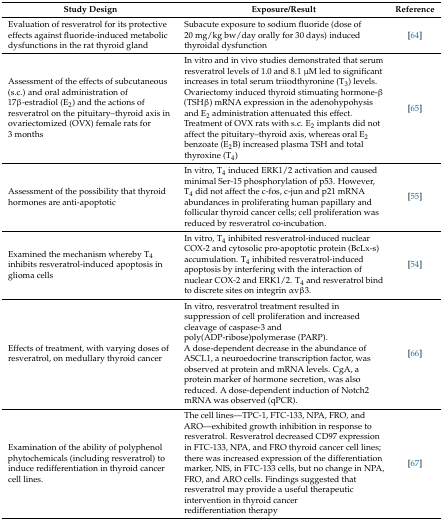
<table><thead><tr><td><b>Study Design</b></td><td><b>Exposure/Result</b></td><td><b>Reference</b></td></tr></thead><tbody><tr><td>Evaluation of resveratrol for its protective effects against fluoride-induced metabolic dysfunctions in the rat thyroid gland</td><td>Subacute exposure to sodium fluoride (dose of 20 mg/kg bw/day orally for 30 days) induced thyroidal dysfunction</td><td>[64]</td></tr><tr><td>Assessment of the effects of subcutaneous (s.c.) and oral administration of 17β-estradiol (E<sub>2</sub>) and the actions of resveratrol on the pituitary–thyroid axis in ovariectomized (OVX) female rats for 3 months</td><td>In vitro and in vivo studies demonstrated that serum resveratrol levels of 1.0 and 8.1 μM led to significant increases in total serum triiodthyronine (T<sub>3</sub>) levels. Ovariectomy induced thyroid stimuating hormone-β (TSHβ) mRNA expression in the adenohypohysis and E<sub>2</sub> administration attenuated this effect. Treatment of OVX rats with s.c. E<sub>2</sub> implants did not affect the pituitary–thyroid axis, whereas oral E<sub>2</sub> benzoate (E<sub>2</sub>B) increased plasma TSH and total thyroxine (T<sub>4</sub>)</td><td>[65]</td></tr><tr><td>Assessment of the possibility that thyroid hormones are anti-apoptotic</td><td>In vitro, T<sub>4</sub> induced ERK1/2 activation and caused minimal Ser-15 phosphorylation of p53. However, T<sub>4</sub> did not affect the c-fos, c-jun and p21 mRNA abundances in proliferating human papillary and follicular thyroid cancer cells; cell proliferation was reduced by resveratrol co-incubation.</td><td>[55]</td></tr><tr><td>Examined the mechanism whereby T<sub>4</sub> inhibits resveratrol-induced apoptosis in glioma cells</td><td>In vitro, T<sub>4</sub> inhibited resveratrol-induced nuclear COX-2 and cytosolic pro-apoptotic protein (BcLx-s) accumulation. T<sub>4</sub> inhibited resveratrol-induced apoptosis by interfering with the interaction of nuclear COX-2 and ERK1/2. T<sub>4</sub> and resveratrol bind to discrete sites on integrin αvβ3.</td><td>[54]</td></tr><tr><td>Effects of treatment, with varying doses of resveratrol, on medullary thyroid cancer</td><td>In vitro, resveratrol treatment resulted in suppression of cell proliferation and increased cleavage of caspase-3 and poly(ADP-ribose)polymerase (PARP). A dose-dependent decrease in the abundance of ASCL1, a neuroedocrine transcription factor, was observed at protein and mRNA levels. CgA, a protein marker of hormone secretion, was also reduced. A dose-dependent induction of Notch2 mRNA was observed (qPCR).</td><td>[66]</td></tr><tr><td>Examination of the ability of polyphenol phytochemicals (including resveratrol) to induce redifferentiation in thyroid cancer cell lines.</td><td>The cell lines—TPC-1, FTC-133, NPA, FRO, and ARO—exhibited growth inhibition in response to resveratrol. Resveratrol decreased CD97 expression in FTC-133, NPA, and FRO thyroid cancer cell lines; there was increased expression of the differentiation marker, NIS, in FTC-133 cells, but no change in NPA, FRO, and ARO cells. Findings suggested that resveratrol may provide a useful therapeutic intervention in thyroid cancer redifferentiation therapy</td><td>[67]</td></tr></tbody></table>